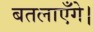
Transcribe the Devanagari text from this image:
बतलाएँगे।